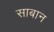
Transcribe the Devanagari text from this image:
साबान